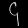
Digit: ၄